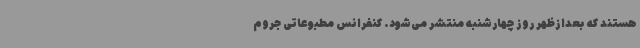
هستند که بعدازظهر روز چهارشنبه منتشر می‌شود. کنفرانس مطبوعاتی جروم